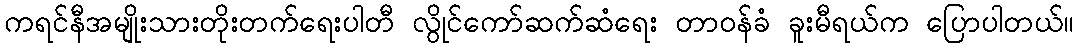
ကရင်နီအမျိုးသားတိုးတက်ရေးပါတီ လွိုင်ကော်ဆက်ဆံရေး တာဝန်ခံ ခူးမီရယ်က ပြောပါတယ်။